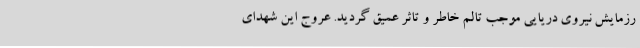
رزمایش نیروی دریایی موجب تالم خاطر و تاثر عمیق گردید. عروج این شهدای